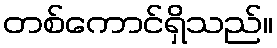
တစ်ကောင်ရှိသည်။